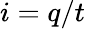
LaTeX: i=q/t